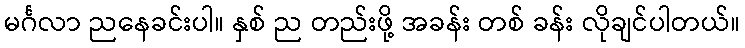
မင်္ဂလာ ညနေခင်းပါ။ နှစ် ည တည်းဖို့ အခန်း တစ် ခန်း လိုချင်ပါတယ်။